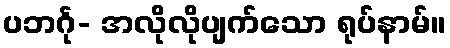
ပဘင်္ဂု- အလိုလိုပျက်သော ရုပ်နာမ်။